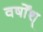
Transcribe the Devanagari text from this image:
वर्षोंश्